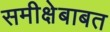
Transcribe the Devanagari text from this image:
समीक्षेबाबत